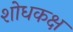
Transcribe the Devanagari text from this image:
शोधकक्ष